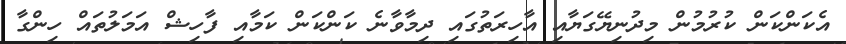
އެކަންކަން ކުރުމުން މިދުނިޔޭގަޔާއި އާހިރަތުގައި ދިމާވާނެ ކަންކަން ކަމާއި ފާހިޝް އަމަލުތައް ހިންގާ